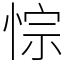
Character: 悰